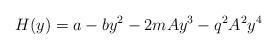
\begin{align*}H(y) = a - by^2 -2mAy^3 -q^2A^2y^4\end{align*}